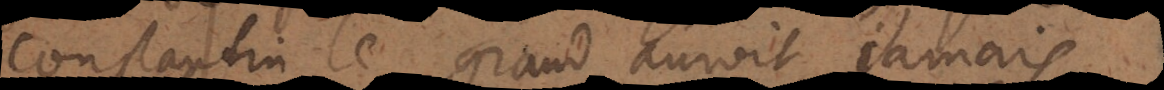
Constantin le Grand auroit jamais